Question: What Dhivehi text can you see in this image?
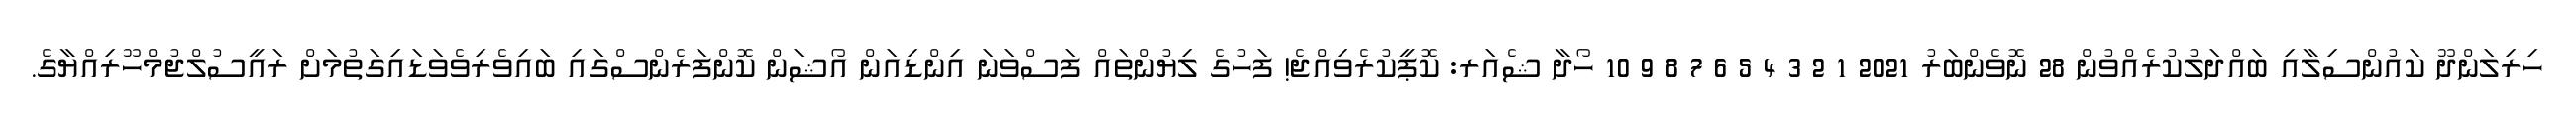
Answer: ހިރިލަންދޫ ކައުންސިލާއި ބައްދަލުކުރެއްވުން 28 ނޮވެންބަރު 2021 1 2 3 4 5 6 7 8 9 10 ހޯދާ ޝެއަރ: ކޮޕީކުރެވިއްޖެ! ފަހުގެ ލިޔުންތައް ފަސްވަނަ އިންޑިއަން އޯޝަން ކޮންފަރެންސްގައި ބައިވެރިވެވަޑައިގަތުމަށް ރައީސުލްޖުމްހޫރިއްޔާގެ.